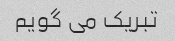
تبریک می گویم